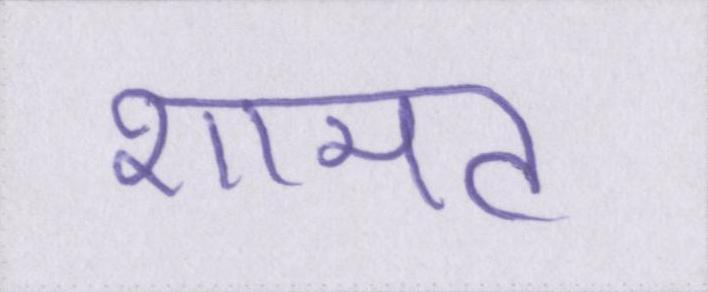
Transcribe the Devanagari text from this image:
शामत